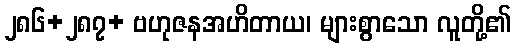
၂၈၆+၂၈၇+ ဗဟုဇနအဟိတာယ၊ များစွာသော လူတို့၏